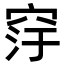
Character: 窏